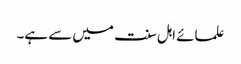
علمائے اہل سنت میں سے ہے۔